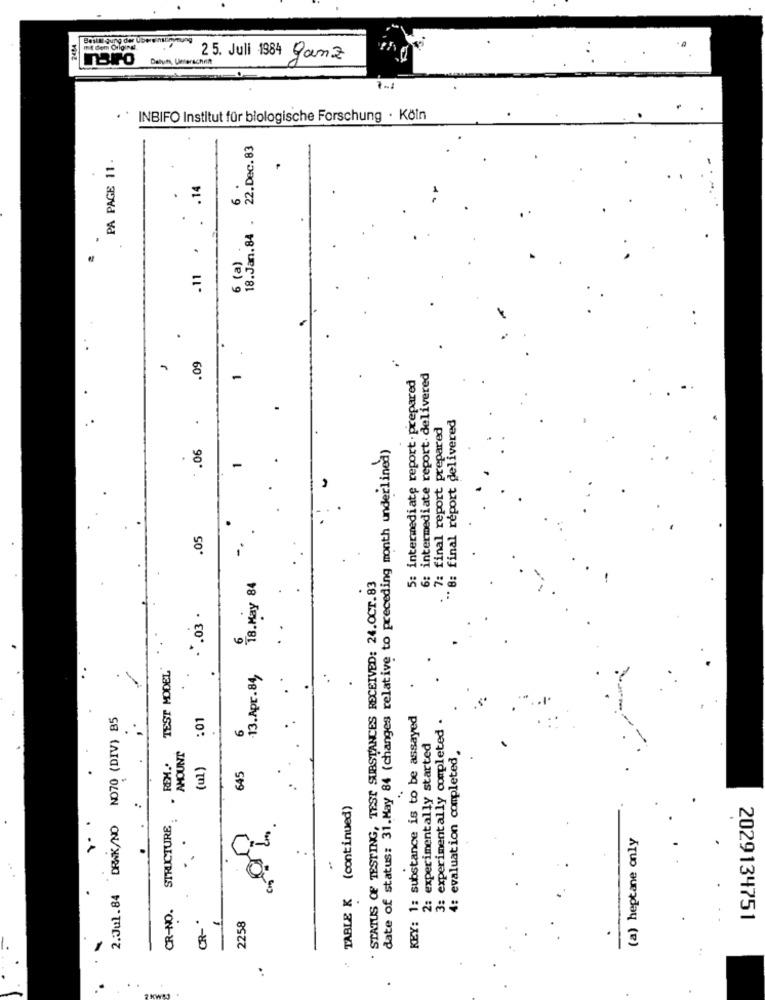
BuradaBu
Datum, Unterschrift
25. Juli 1984 ganz
· ` INBIFO Institut für biologische Forschung · Köln
18.Jan.84 . 22.Dec.83
PA PAGE 11.
.11 . . . 1.
6 (a)
.
.09
5: intermediate report.prepared
6: intermediate report. delivered
1
.
" 8: final report delivered
.. 7: final report prepared
*. 06
date of status: 31.May 84 (changes relative to preceding month underlined)
1
.05
18.May 84
. STATUS OF TESTING, TEST SUBSTANCES RECEIVED: 24.OCT.83
.03.
6
TEST MODEL
.
13.Apr.84,
2.Jul.84 DRAK/NO NO70 (DIV) 85
01
KEY: 1: substance is to be assayed
6
3: experimentally completed
AMOUNT
2: experimentally started
4: evaluation completed
REM ..
(ul)
645
TABLE K (continued)
.. .
CR-NO. STRUCTURE
(a) heptane only
2258
CR- "
2029134751